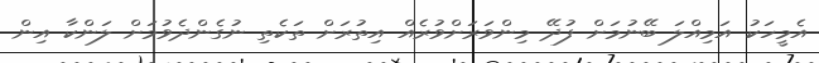
އެމީހަކު އަމިއްލަ ބޭނުމަށް ފުދޭ މިންވަރަށްވުރެއް އިތުރަށް ތަކެތި ނުގެންދެވުމަށް ލަންކާ އިން